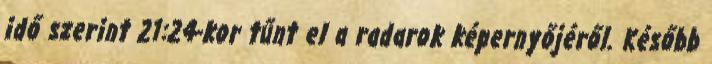
idő szerint 21:24-kor tűnt el a radarok képernyőjéről. Később